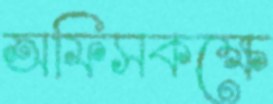
অফিসকক্ষে